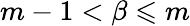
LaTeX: m-1<\beta\leqslant m